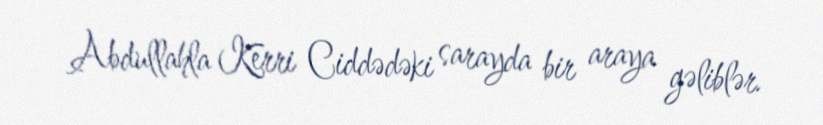
Abdullahla Kerri Ciddədəki sarayda bir araya gəliblər.